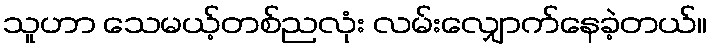
သူဟာ သေမယ့်တစ်ညလုံး လမ်းလျှောက်နေခဲ့တယ်။